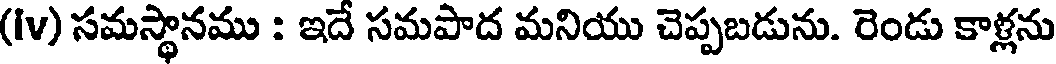
(Iv) సమస్థానము : ఇదే సమపాద మనియు చెప్పబడును. రెండు కాళ్లను